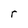
Character: r